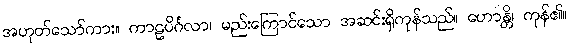
အဟုတ်သော်ကား။ ကာဠပိင်္ဂလာ၊ မည်းကြောင်သော အဆင်းရှိကုန်သည်။ ဟောန္တိ၊ ကုန်၏။